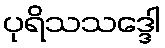
ပုရိသသဒ္ဒေါ